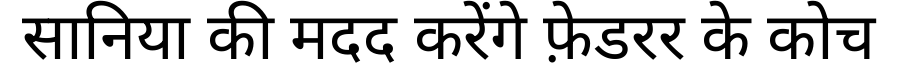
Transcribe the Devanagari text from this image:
सानिया की मदद करेंगे फ़ेडरर के कोच